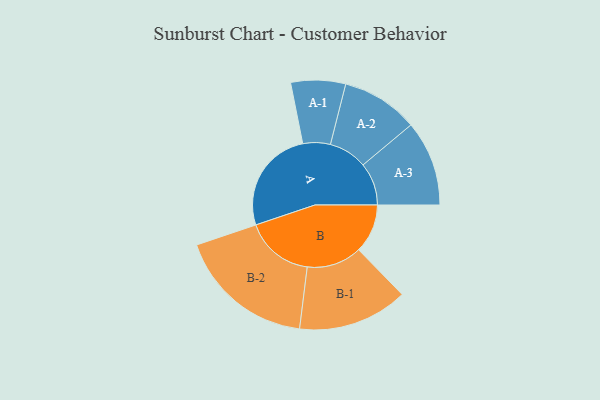
{"axis": {"x": "Segment", "y": "Value"}, "legend": ["", "A", "B"], "data": [{"x": "A", "y": 415, "type": ""}, {"x": "B", "y": 195, "type": ""}, {"x": "A-1", "y": 109, "type": "A"}, {"x": "A-2", "y": 153, "type": "A"}, {"x": "A-3", "y": 170, "type": "A"}, {"x": "B-1", "y": 219, "type": "B"}, {"x": "B-2", "y": 274, "type": "B"}]}